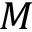
M